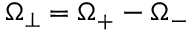
\Omega _ { \perp } = \Omega _ { + } - \Omega _ { - }